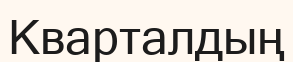
Кварталдың